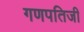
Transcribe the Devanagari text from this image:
गणपतिजी